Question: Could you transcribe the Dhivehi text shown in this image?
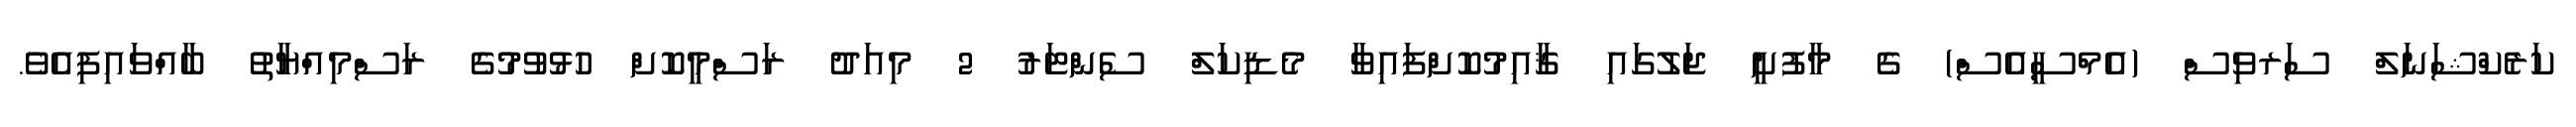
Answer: ކަރެކްޝަނަލް ސަރވިސް (އެމްސީއެސް) ގެ މާފުށީ ޖަލުގައި ޤާއިމުކޮށްފައިވާ މެޑިކަލް ސެންޓަރު 2 މިއަދު ރަސްމީކޮށް ހުޅުވުމުގެ ރަސްމިއްޔާތު ބާއްވައިފިއެވެ.